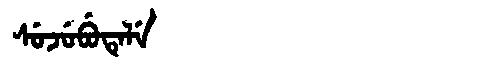
Manchu: ᠰᡠᠵᡠᠪᡠᡨᡝᠯᡝ
Romanization: SUJUBUTELE